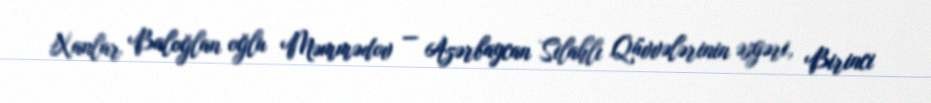
Xanlar Baloğlan oğlu Məmmədov — Azərbaycan Silahlı Qüvvələrinin əsgəri, Birinci